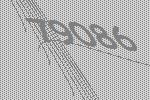
79086